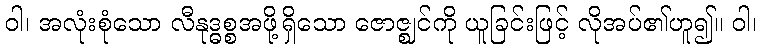
ဝါ၊ အလုံးစုံသော လီနုဒ္ဓစ္စအဖို့ရှိသော ဇောဇ္ဈင်ကို ယူခြင်းဖြင့် လိုအပ်၏ဟူ၍။ ဝါ၊